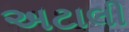
અટાલી